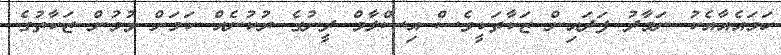
ހަމައެއާއެކު ނަމާދު ފަދައިން ޒަކާތަކީވެސް އިސްލާމް ދީނުގެ ރުކުނެއް ކަމަށް ވުމުން ޒަކާތުގެ